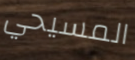
المسيحي